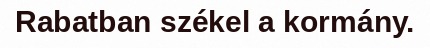
Rabatban székel a kormány.